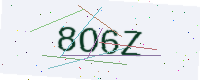
Text: 8O6Z